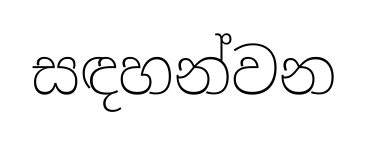
සඳහන්වන